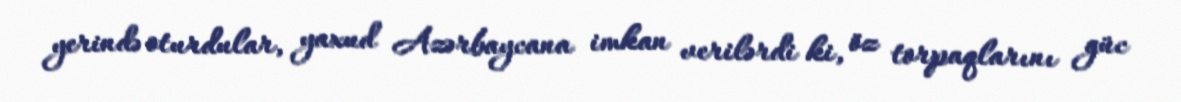
yerində oturdular, yaxud Azərbaycana imkan verilərdi ki, öz torpaqlarını güc